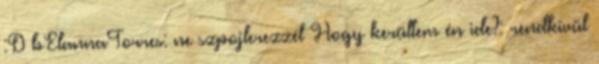
:D bElannaTorres: ne szpojlerezzél Hogy kerültem én ide?: rendkívül